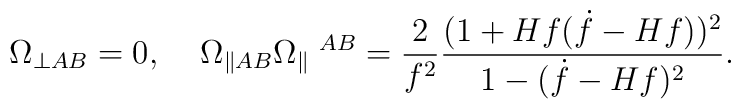
\Omega_{\perp AB}=0,\;\;\;\;\Omega_{\parallel AB}\Omega_\parallel\;^{AB}=\frac{2}{f^2}\frac{(1+Hf(\dot{f}-Hf))^2}{1-(\dot{f}-Hf)^2}.